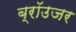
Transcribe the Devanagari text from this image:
ब्रॉउजर